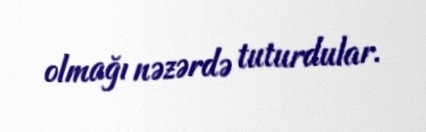
olmağı nəzərdə tuturdular.